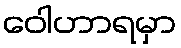
ဝေါဟာရမှာ